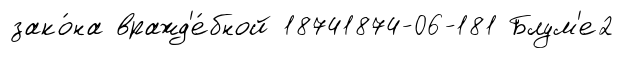
зако́на вражд'е́бной 18741874-06-181 Блум'е2